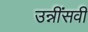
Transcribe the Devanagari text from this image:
उन्नींसवीं